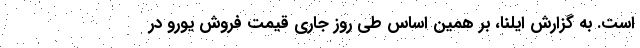
است. به گزارش ایلنا، بر همین‌ اساس طی روز جاری قیمت فروش یورو در